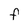
Character: F